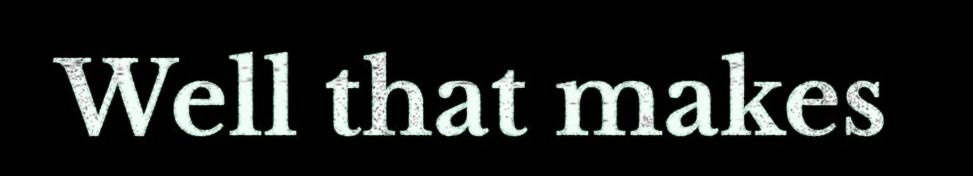
Well that makes